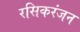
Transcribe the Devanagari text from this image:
रसिकरंजन